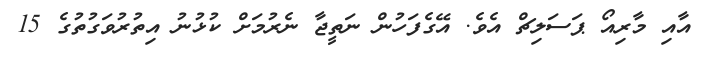
އާއި މާރިއޯ ޕަސަލިޗް އެވެ. އޭގެފަހުން ނަތީޖާ ނެރުމަށް ކުޅުނު އިތުރުވަގުތުގެ 15